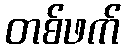
တစ်ဖက်